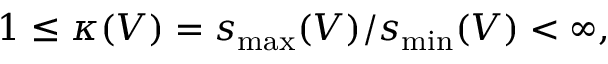
\begin{array} { r } { 1 \le \kappa ( V ) = s _ { \mathrm { m a x } } ( V ) / s _ { \mathrm { m i n } } ( V ) < \infty , } \end{array}